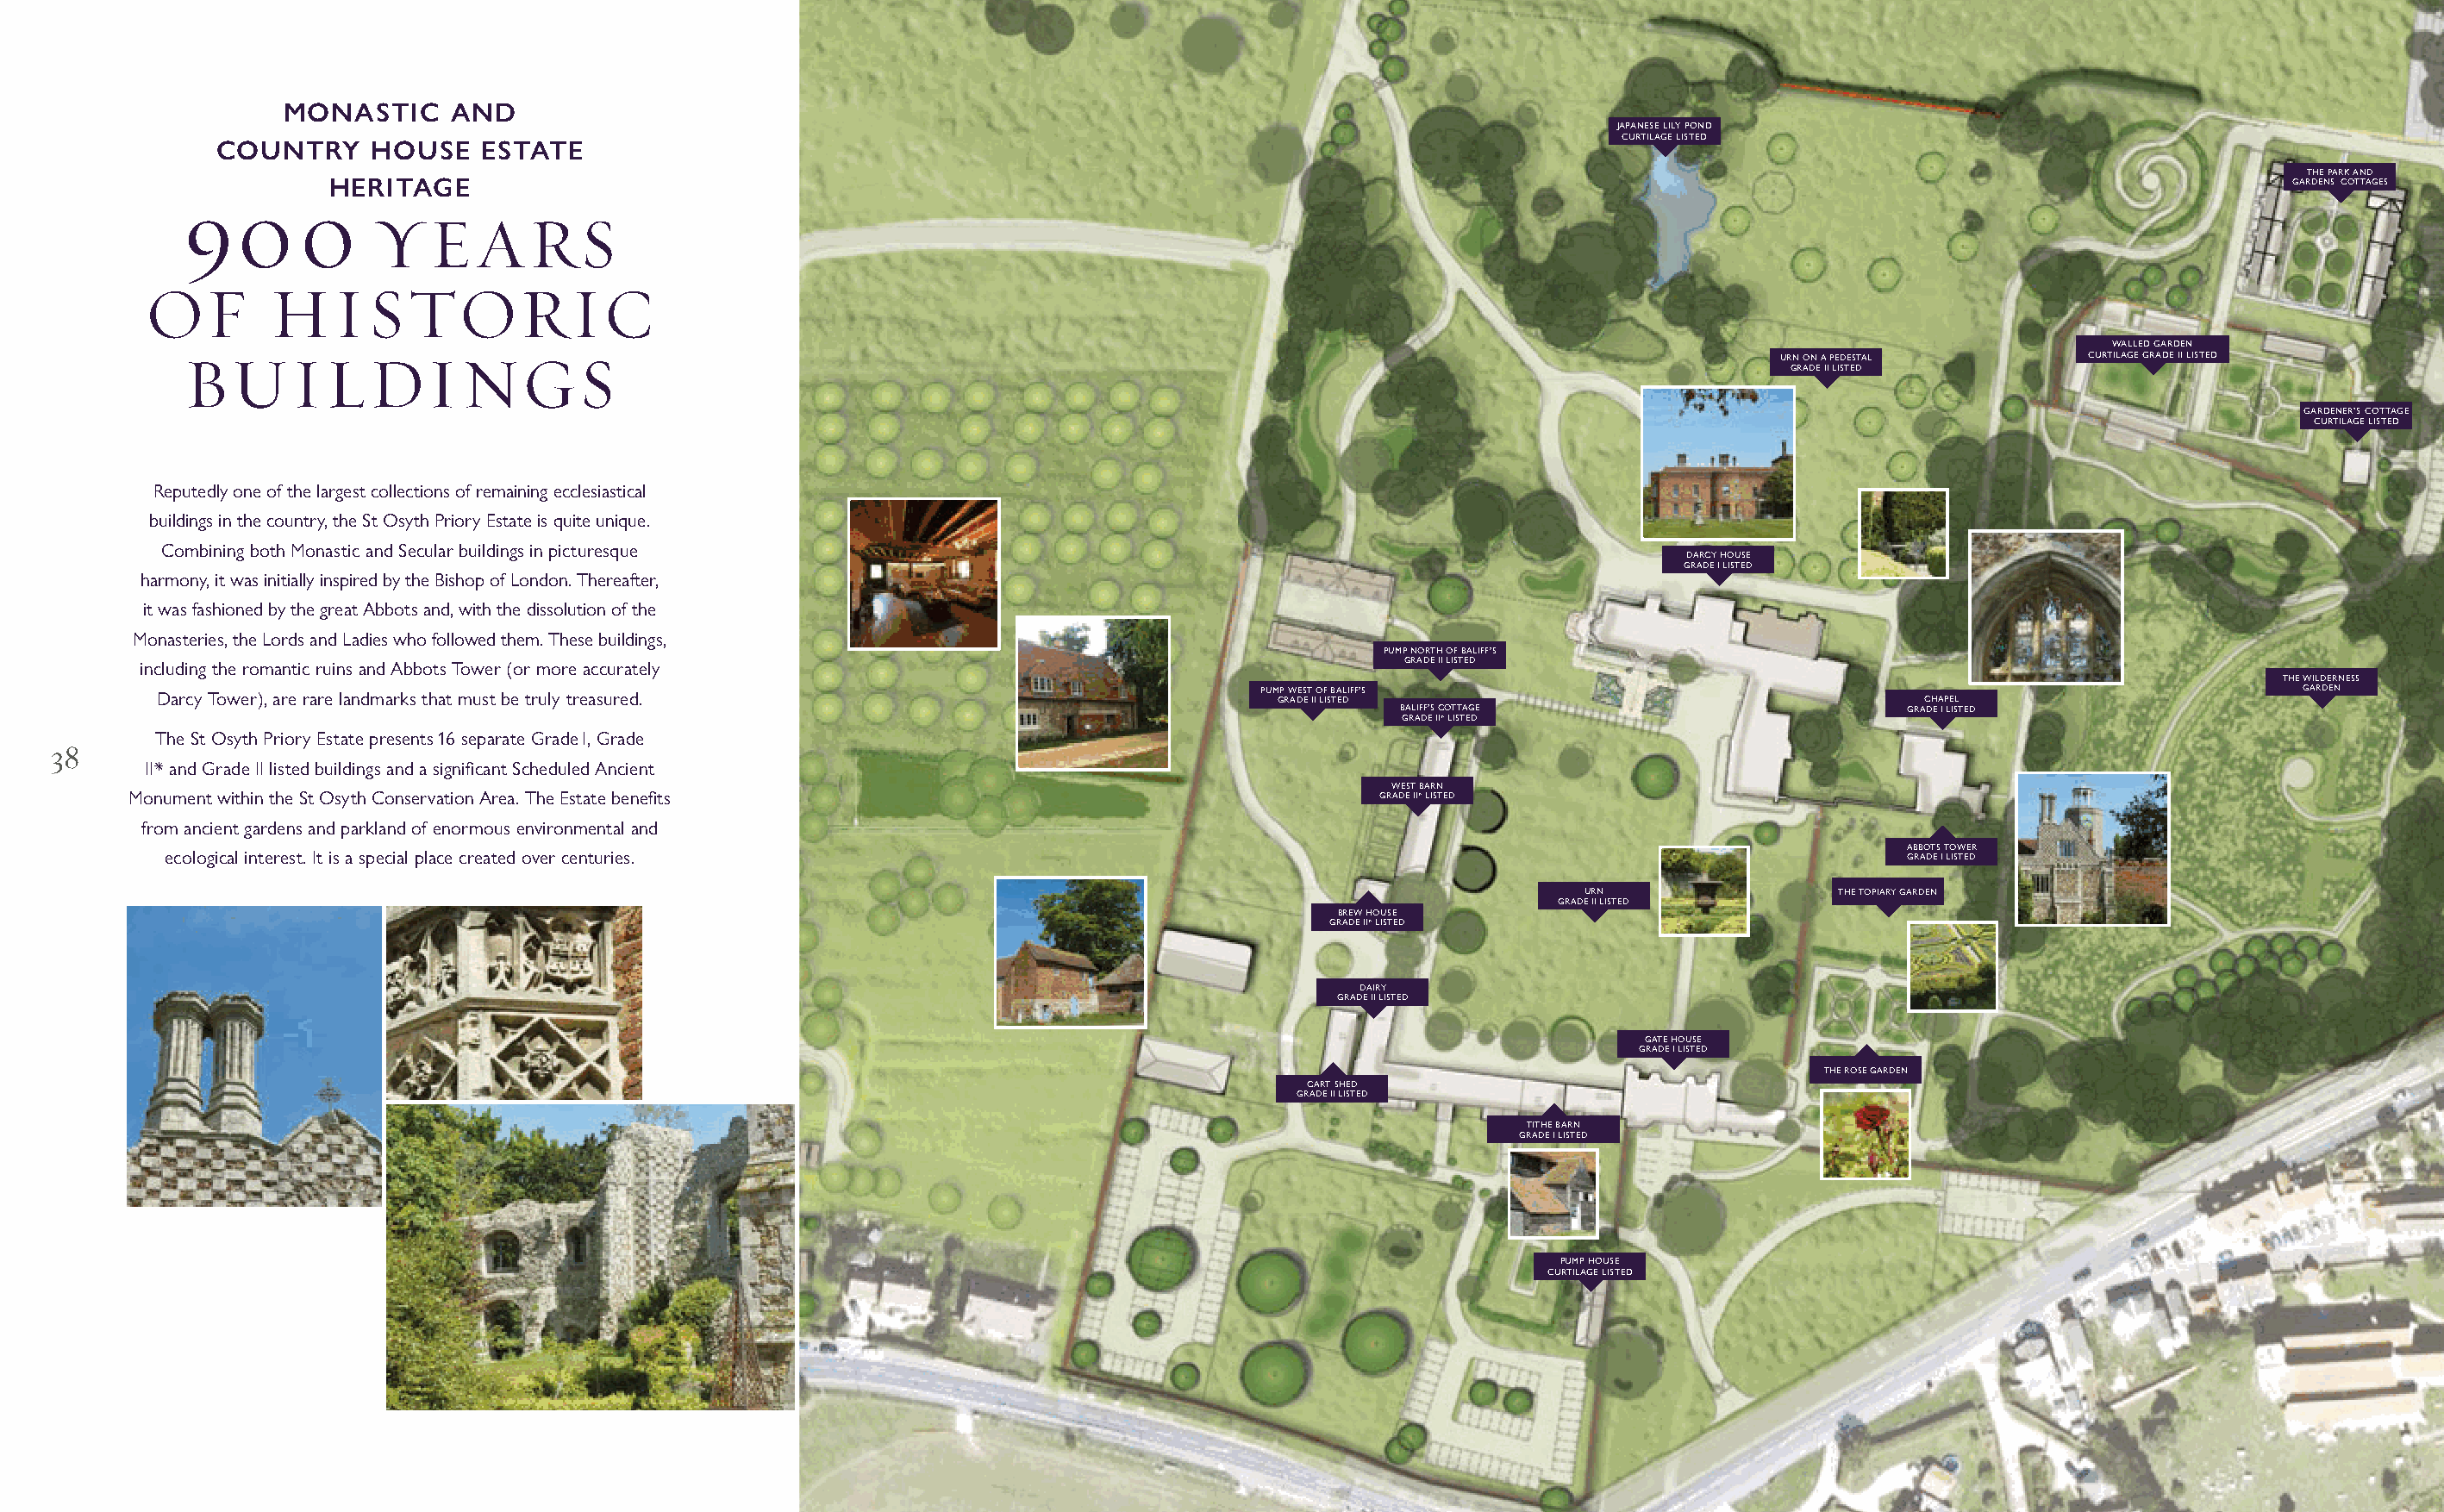
MONASTIC     AND
 JAPANESE LILY POND
 CURTILAGE LISTED
 COUNTRY     HOUSE   ESTATE
 90       0                                                                                                                                                         THE PARK AND
 HERITAGE                                                                                                                                               GARDENS COTTAGES
 YEARS
 OF        HISTORIC
 BUILDINGS                                                                                                                                           WALLED GARDEN
 URN ON A PEDESTAL      CURTILAGE GRADE II LISTED
 GRADE II LISTED
 GARDENER’S COTTAGE
 CURTILAGE LISTED
 Reputedly one of the largest collections of remaining ecclesiastical
 buildings in the country, the St Osyth Priory Estate is quite unique.
 Combining both Monastic and Secular buildings in picturesque
 DARCY HOUSE
 GRADE I LISTED
 harmony, it was initially inspired by the Bishop of London. Thereafter,
 it was fashioned by the great Abbots and, with the dissolution of the
 Monasteries, the Lords and Ladies who followed them. These buildings,
 PUMP NORTH OF BALIFF’S
 including the romantic ruins and Abbots Tower (or more accurately                                GRADE II LISTED
 THE WILDERNESS
 Darcy Tower), are rare landmarks that must be truly treasured.                       PUM GP R W ADES ET I IO LF IS B TA EDLIFF’S        CHAPEL                       GARDEN
 BALIFF’S COTTAGE                       GRADE I LISTED
 GRADE II* LISTED
 38      The St Osyth Priory Estate presents 16 separate Grade I, Grade
 II* and Grade II listed buildings and a signifi cant Scheduled Ancient
 WEST BARN
 Monument within the St Osyth Conservation Area. The Estate benefi ts                            GRADE II* LISTED
 from ancient gardens and parkland of enormous environmental and
 ABBOTS TOWER
 ecological interest. It is a special place created over centuries.                                                                   GRADE I LISTED
 URN                THE TOPIARY GARDEN
 GRADE II LISTED
 BREW HOUSE
 GRADE II* LISTED
 DAIRY
 GRADE II LISTED
 GATE HOUSE
 GRADE I LISTED
 THE ROSE GARDEN
 CART SHED
 GRADE II LISTED
 TITHE BARN
 GRADE I LISTED
 PUMP HOUSE
 CURTILAGE LISTED